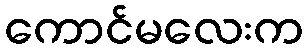
ကောင်မလေးက